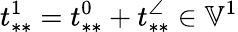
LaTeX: t_{**}^{1}=t_{**}^{0}+t_{**}^{\angle}\in\mathbb{V}^{1}